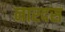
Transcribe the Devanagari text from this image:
नारदस